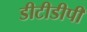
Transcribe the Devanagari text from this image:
डीटीडीपी